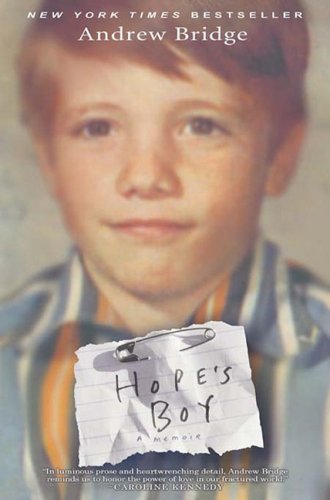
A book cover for Hope's Boy; Andrew Bridge; Parenting & Relationships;